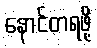
နောင်တရဖို့